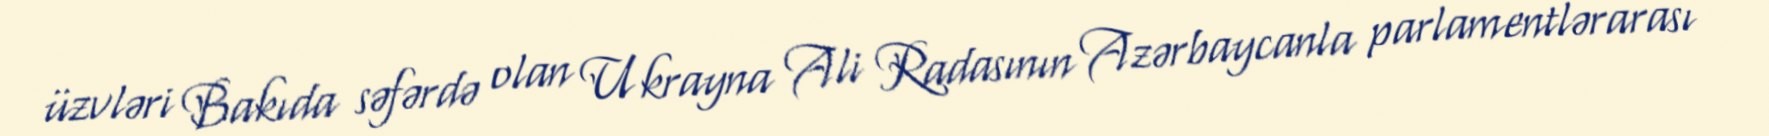
üzvləri Bakıda səfərdə olan Ukrayna Ali Radasının Azərbaycanla parlamentlərarası